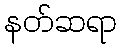
နတ်ဆရာ